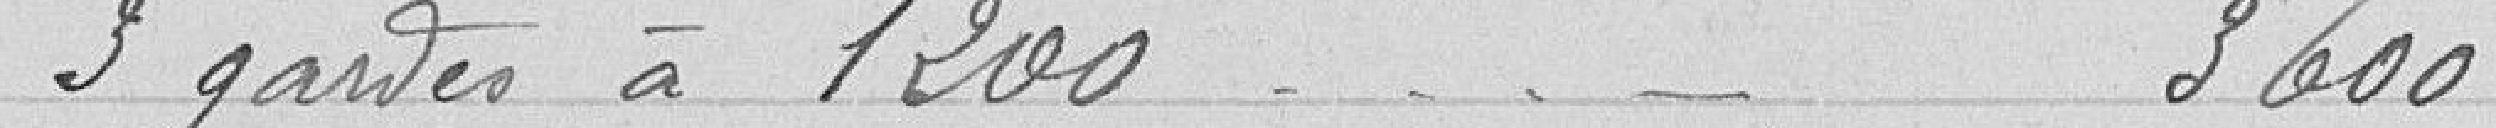
3 gardes à 1200 3600